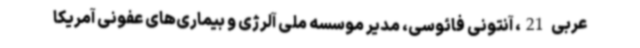
عربی 21، آنتونی فائوسی، مدیر موسسه ملی آلرژی و بیماری‌های عفونی آمریکا